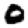
Digit: 0